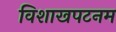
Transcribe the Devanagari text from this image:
विशाखपटनम